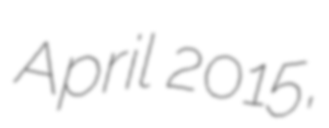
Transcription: April 2015,